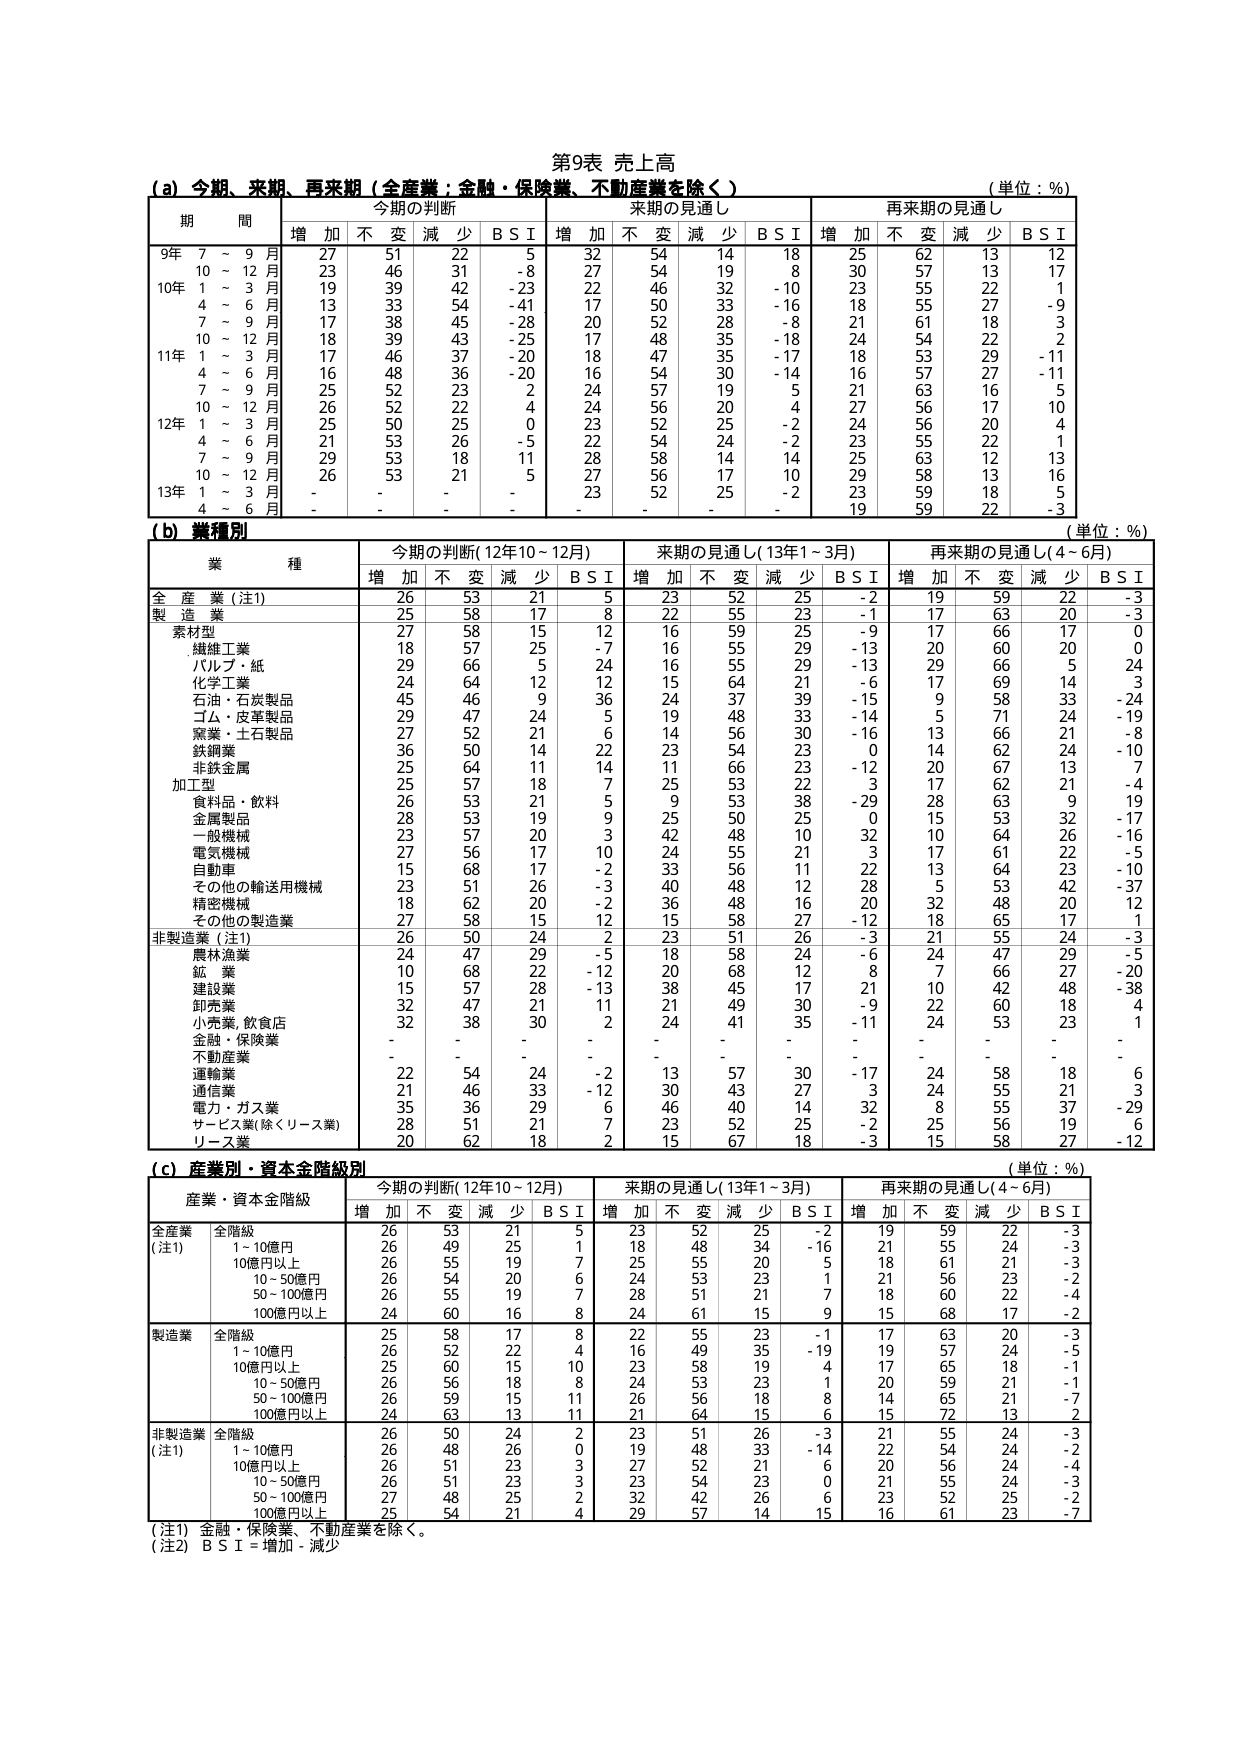
第9表 売上高
(a) 今期、来期、再来期（全産業：金融・保険業、不動産業を除く）
（単位：%）

期 間
今期の判断
来期の見通し
再来期の見通し

増 加 不 変 減 少 B S I
増 加 不 変 減 少 B S I
増 加 不 変 減 少 B S I

9年 7 ～ 9 月
27 51 22 5
32 54 14 18
25 62 13 12

10年 10 ～ 12 月
23 46 31 -8
27 54 19 8
30 57 13 17

10年 1 ～ 3 月
19 39 42 -23
22 46 32 -10
23 55 22 1

4 ～ 6 月
13 33 54 -41
17 50 33 -16
18 55 27 -9

7 ～ 9 月
17 38 45 -28
20 52 28 -8
21 61 18 3

11年 10 ～ 12 月
18 39 43 -25
17 48 35 -18
24 54 22 2

11年 1 ～ 3 月
17 46 37 -20
18 47 35 -17
18 53 29 -11

4 ～ 6 月
16 48 36 -20
16 54 30 -14
16 57 27 -11

7 ～ 9 月
25 52 23 2
24 57 19 5
21 63 16 5

12年 10 ～ 12 月
26 52 22 4
24 56 20 4
27 56 17 10

12年 1 ～ 3 月
25 50 25 0
23 52 25 -2
24 56 20 4

4 ～ 6 月
21 53 26 -5
22 54 24 -2
23 55 22 1

7 ～ 9 月
29 53 18 11
28 58 14 14
25 63 12 13

10 ～ 12 月
26 53 21 5
27 56 17 10
29 58 13 16

13年 1 ～ 3 月
- - - -
23 52 25 -2
23 59 18 5

4 ～ 6 月
- - - -
- - - -
19 59 22 -3

(b) 業種別
（単位：%）

業 種
今期の判断（12年10～12月）
来期の見通し（13年1～3月）
再来期の見通し（4～6月）

増 加 不 変 減 少 B S I
増 加 不 変 減 少 B S I
増 加 不 変 減 少 B S I

全 産 業（注1）
26 53 21 5
23 52 25 -2
19 59 22 -3

製 造 業
25 58 17 8
22 55 23 -1
17 63 20 -3

素材型
27 58 15 12
16 59 25 -9
17 66 17 0

繊維工業
18 57 25 -7
16 55 29 -13
20 60 20 0

パルプ・紙
29 66 5 24
16 55 29 -13
29 66 5 24

化学工業
24 64 12 12
15 64 21 -6
17 69 14 3

石油・石炭製品
45 46 9 36
24 37 39 -15
9 58 33 -24

ゴム・皮革製品
29 47 24 5
19 48 33 -14
5 71 24 -19

窯業・土石製品
27 52 21 6
14 56 30 -16
13 66 21 -8

鉄鋼業
36 50 14 22
23 54 23 0
14 62 24 -10

非鉄金属
25 64 11 14
11 66 23 -12
20 67 13 7

加工型
25 57 18 7
25 53 22 3
17 62 21 -4

食料品・飲料
26 53 21 5
9 53 38 -29
28 63 9 19

金属製品
28 53 19 9
25 50 25 0
15 53 32 -17

一般機械
23 57 20 3
42 48 10 32
10 64 26 -16

電気機械
27 56 17 10
24 55 21 3
17 61 22 -5

自動車
15 68 17 -2
33 56 11 22
13 64 23 -10

その他の輸送用機械
23 51 26 -3
40 48 12 28
5 53 42 -37

精密機械
18 62 20 -2
36 48 16 20
32 48 20 12

その他の製造業
27 58 15 12
15 58 27 -12
18 65 17 1

非製造業（注1）
26 50 24 2
23 51 26 -3
21 55 24 -3

農林漁業
24 47 29 -5
18 58 24 -6
24 47 29 -5

鉱 業
10 68 22 -12
20 68 12 8
7 66 27 -20

建設業
15 57 28 -13
38 45 17 21
10 42 48 -38

卸売業
32 47 21 11
21 49 30 -9
22 60 18 4

小売業、飲食店
32 38 30 2
24 41 35 -11
24 53 23 1

金融・保険業
- - - -
- - - -
- - - -

不動産業
- - - -
- - - -
- - - -

運輸業
22 54 24 -2
13 57 30 -17
24 58 18 6

通信業
21 46 33 -12
30 43 27 3
24 55 21 3

電力・ガス業
35 36 29 6
46 40 14 32
8 55 37 -29

サービス業（除くリース業）
28 51 21 7
23 52 25 -2
25 56 19 6

リース業
20 62 18 2
15 67 18 -3
15 58 27 -12

(c) 産業別・資本金階級別
（単位：%）

産業・資本金階級
今期の判断（12年10～12月）
来期の見通し（13年1～3月）
再来期の見通し（4～6月）

増 加 不 変 減 少 B S I
増 加 不 変 減 少 B S I
増 加 不 変 減 少 B S I

全産業（注1）
全階級
26 53 21 5
23 52 25 -2
19 59 22 -3

1～10億円
26 49 25 1
18 48 34 -16
21 55 24 -3

10億円以上
26 55 19 7
25 55 20 5
18 61 21 -3

10～50億円
26 54 20 6
24 53 23 1
21 56 23 -2

50～100億円
26 55 19 7
28 51 21 7
18 60 22 -4

100億円以上
24 60 16 8
24 61 15 9
15 68 17 -2

製造業
全階級
25 58 17 8
22 55 23 -1
17 63 20 -3

1～10億円
26 52 22 4
16 49 35 -19
19 57 24 -5

10億円以上
25 60 15 10
23 58 19 4
17 65 18 -1

10～50億円
26 56 18 8
24 53 23 1
20 59 21 -1

50～100億円
26 59 15 11
26 56 18 8
14 65 21 -7

100億円以上
24 63 13 11
21 64 15 6
15 72 13 2

非製造業（注1）
全階級
26 50 24 2
23 51 26 -3
21 55 24 -3

1～10億円
26 48 26 0
19 48 33 -14
22 54 24 -2

10億円以上
26 51 23 3
27 52 21 6
20 56 24 -4

10～50億円
26 51 23 3
23 54 23 0
21 55 24 -3

50～100億円
27 48 25 2
32 42 26 6
23 52 25 -2

100億円以上
25 54 21 4
29 57 14 15
16 61 23 -7

（注1）金融・保険業、不動産業を除く。
（注2）B S I = 増加 - 減少